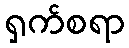
ရှက်စရာ